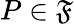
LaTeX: P\in\mathfrak{F}